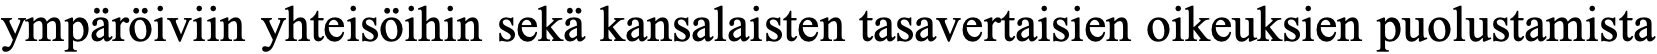
ympäröiviin yhteisöihin sekä kansalaisten tasavertaisien oikeuksien puolustamista